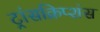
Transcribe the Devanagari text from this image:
ट्रांसक्रिप्शंस